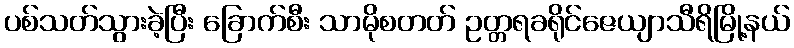
ပစ်သတ်သွားခဲ့ပြီး ခြောက်စီး သာမိုစတတ် ဥတ္တရခရိုင်ဇေယျာသီရိမြို့နယ်